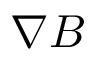
\nabla B